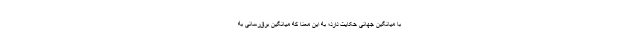
با میانگین جهانی حکایت دارد؛ به این معنا که میانگین برق‌رسانی به